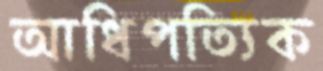
আধিপত্যিক